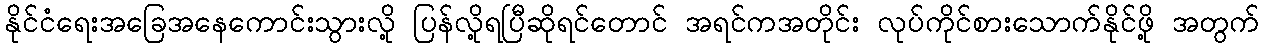
နိုင်ငံရေးအခြေအနေကောင်းသွားလို့ ပြန်လို့ရပြီဆိုရင်တောင် အရင်ကအတိုင်း လုပ်ကိုင်စားသောက်နိုင်ဖို့ အတွက်